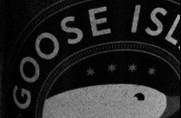
GOOSE ISL